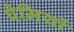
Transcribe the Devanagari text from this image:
पेमियों